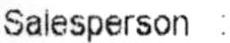
SALESPERSON :